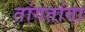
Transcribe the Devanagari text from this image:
तांगतांगा